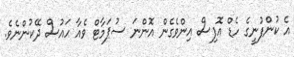
އެ ކުންފުނީގެ ހެޑް އޮފިސް އިންވެގެން އޮންނަ ސުޕަމާޓް ވެއާ ހައުސް ދޭކުންނެވެ.